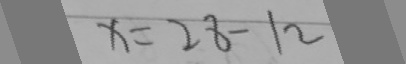
x = 2 8 - 1 2